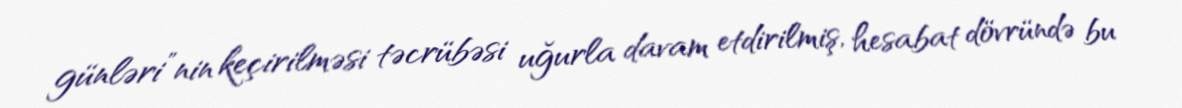
günləri”nin keçirilməsi təcrübəsi uğurla davam etdirilmiş, hesabat dövründə bu